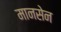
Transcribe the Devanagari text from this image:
मानसेन